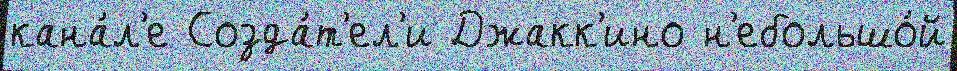
кана́л'е Созда́т'ел'и Джакк'ино н'ебольшо́й